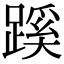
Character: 蹊